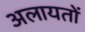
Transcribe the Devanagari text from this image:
अलायतों